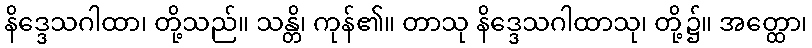
နိဒ္ဒေသဂါထာ၊ တို့သည်။ သန္တိ၊ ကုန်၏။ တာသု နိဒ္ဒေသဂါထာသု၊ တို့၌။ အတ္ထော၊